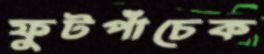
ফুটপাঁচেক